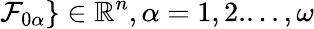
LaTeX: \mathcal{F}_{0\alpha}\} \in\mathbb{R}^{n},\alpha=1,2....,\omega